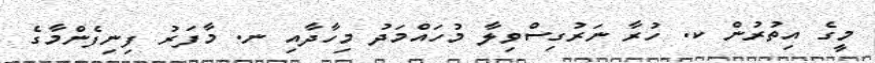
މީގެ އިތުރުން ކ. ހުރާ ނަރުގިސްވިލާ މުހައްމަދު މިހާދާއި ނ. މާފަރު ފިނިފެންމާގެ